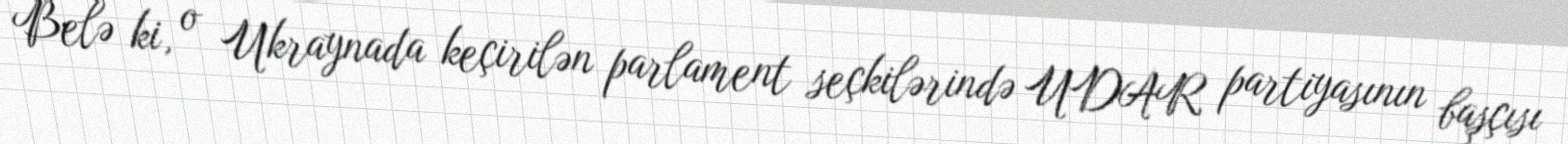
Belə ki, o Ukraynada keçirilən parlament seçkilərində UDAR partiyasının başçısı